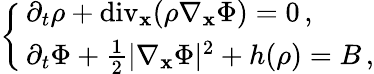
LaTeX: \begin{array}{r}{\left\{ \begin{array}{ll}{\, \partial_{t}\rho+\mathrm{div}_{\mathbf{x}}(\rho\nabla_{\mathbf{x}}\Phi)=0\, ,}\\ {\, \partial_{t}\Phi+\frac{1}{2}|\nabla_{\mathbf{x}}\Phi|^{2}+h(\rho)=B\, ,}\end{array}\right.}\end{array}